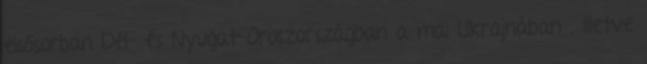
elsősorban Dél- és Nyugat-Oroszországban a mai Ukrajnában , illetve